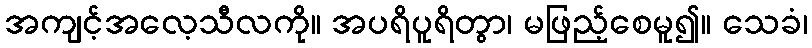
အကျင့်အလေ့သီလကို။ အပရိပူရိတွာ၊ မဖြည့်စေမူ၍။ သေခံ၊